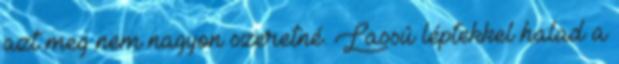
azt meg nem nagyon szeretné. Lassú léptekkel halad a